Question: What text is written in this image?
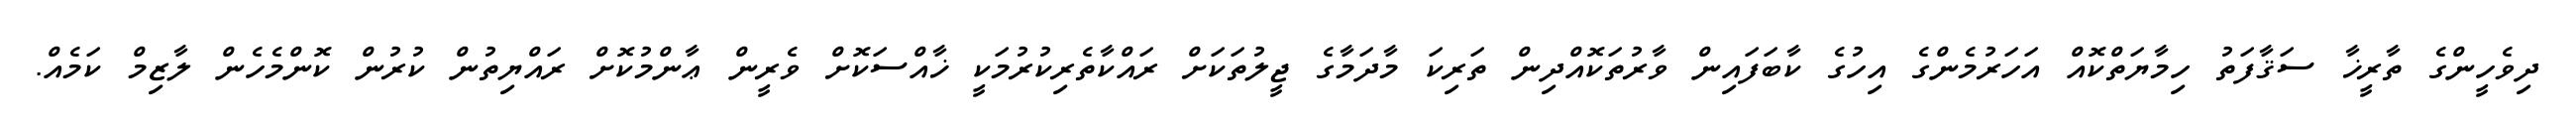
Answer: ދިވެހީންގެ ތާރީޚާ ސަޤާފަތު ހިމާޔަތްކޮއް އަހަރުމެންގެ އިހުގެ ކާބަފައިން ވާރުތަކޮއްދިން ތަރިކަ މާދަމާގެ ޖީލުތަކަށް ރައްކާތެރިކުރުމަކީ ޚާއްސަކޮށް ވެރީން ޢާންމުކޮށް ރައްޔިތުން ކުރުން ކޮންމެހެން ލާޒިމް ކަމެއް.